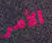
الأمر